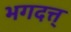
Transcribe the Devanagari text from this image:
भगदत्त्